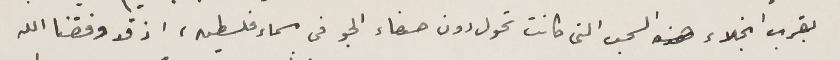
بقرب انجلاء السحب التى كانت تحول دون صفاء الجو فى سماء فلسطين، اذ قد وفقنا الله